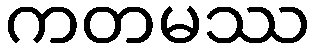
ကတမဿ